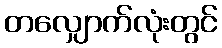
တလျှောက်လုံးတွင်